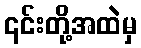
၎င်းတို့အထဲမှ